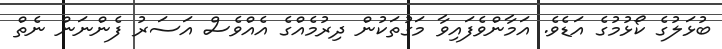
ބުޅަލުގެ ކޯޅުމުގެ އަޑެވެ. އަމާންވެފައިވާ މަގުތަކުން ދިރުމެއްގެ އެއްވެސް އަސަރު ފެންނަން ނެތް